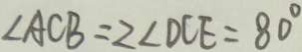
\angle A C B = 2 \angle D C E = 8 0 ^ { \circ }